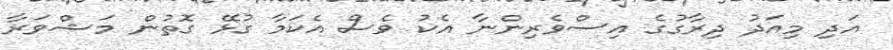
އަދި މިއަދު ދިރާގުގެ އިސްވެރިންނާ އެކު ވެސް އެކަމާ ގުޅޭ ގޮތުން މަޝްވަރާ